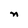
Character: n